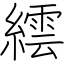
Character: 繧